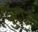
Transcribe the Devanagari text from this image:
धुंदाल